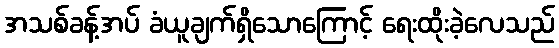
အသစ်ခန့်အပ် ခံယူချက်ရှိသောကြောင့် ရေးထိုးခဲ့လေသည်